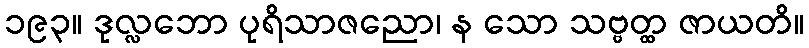
၁၉၃။ ဒုလ္လဘော ပုရိသာဇညော၊ န သော သဗ္ဗတ္ထ ဇာယတိ။